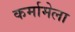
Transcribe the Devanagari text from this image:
कर्मामेला